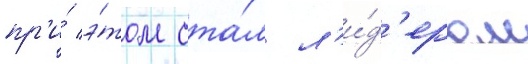
пр'и́ э́том ста́л л'и́д'ером